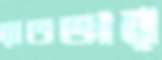
রাতভার